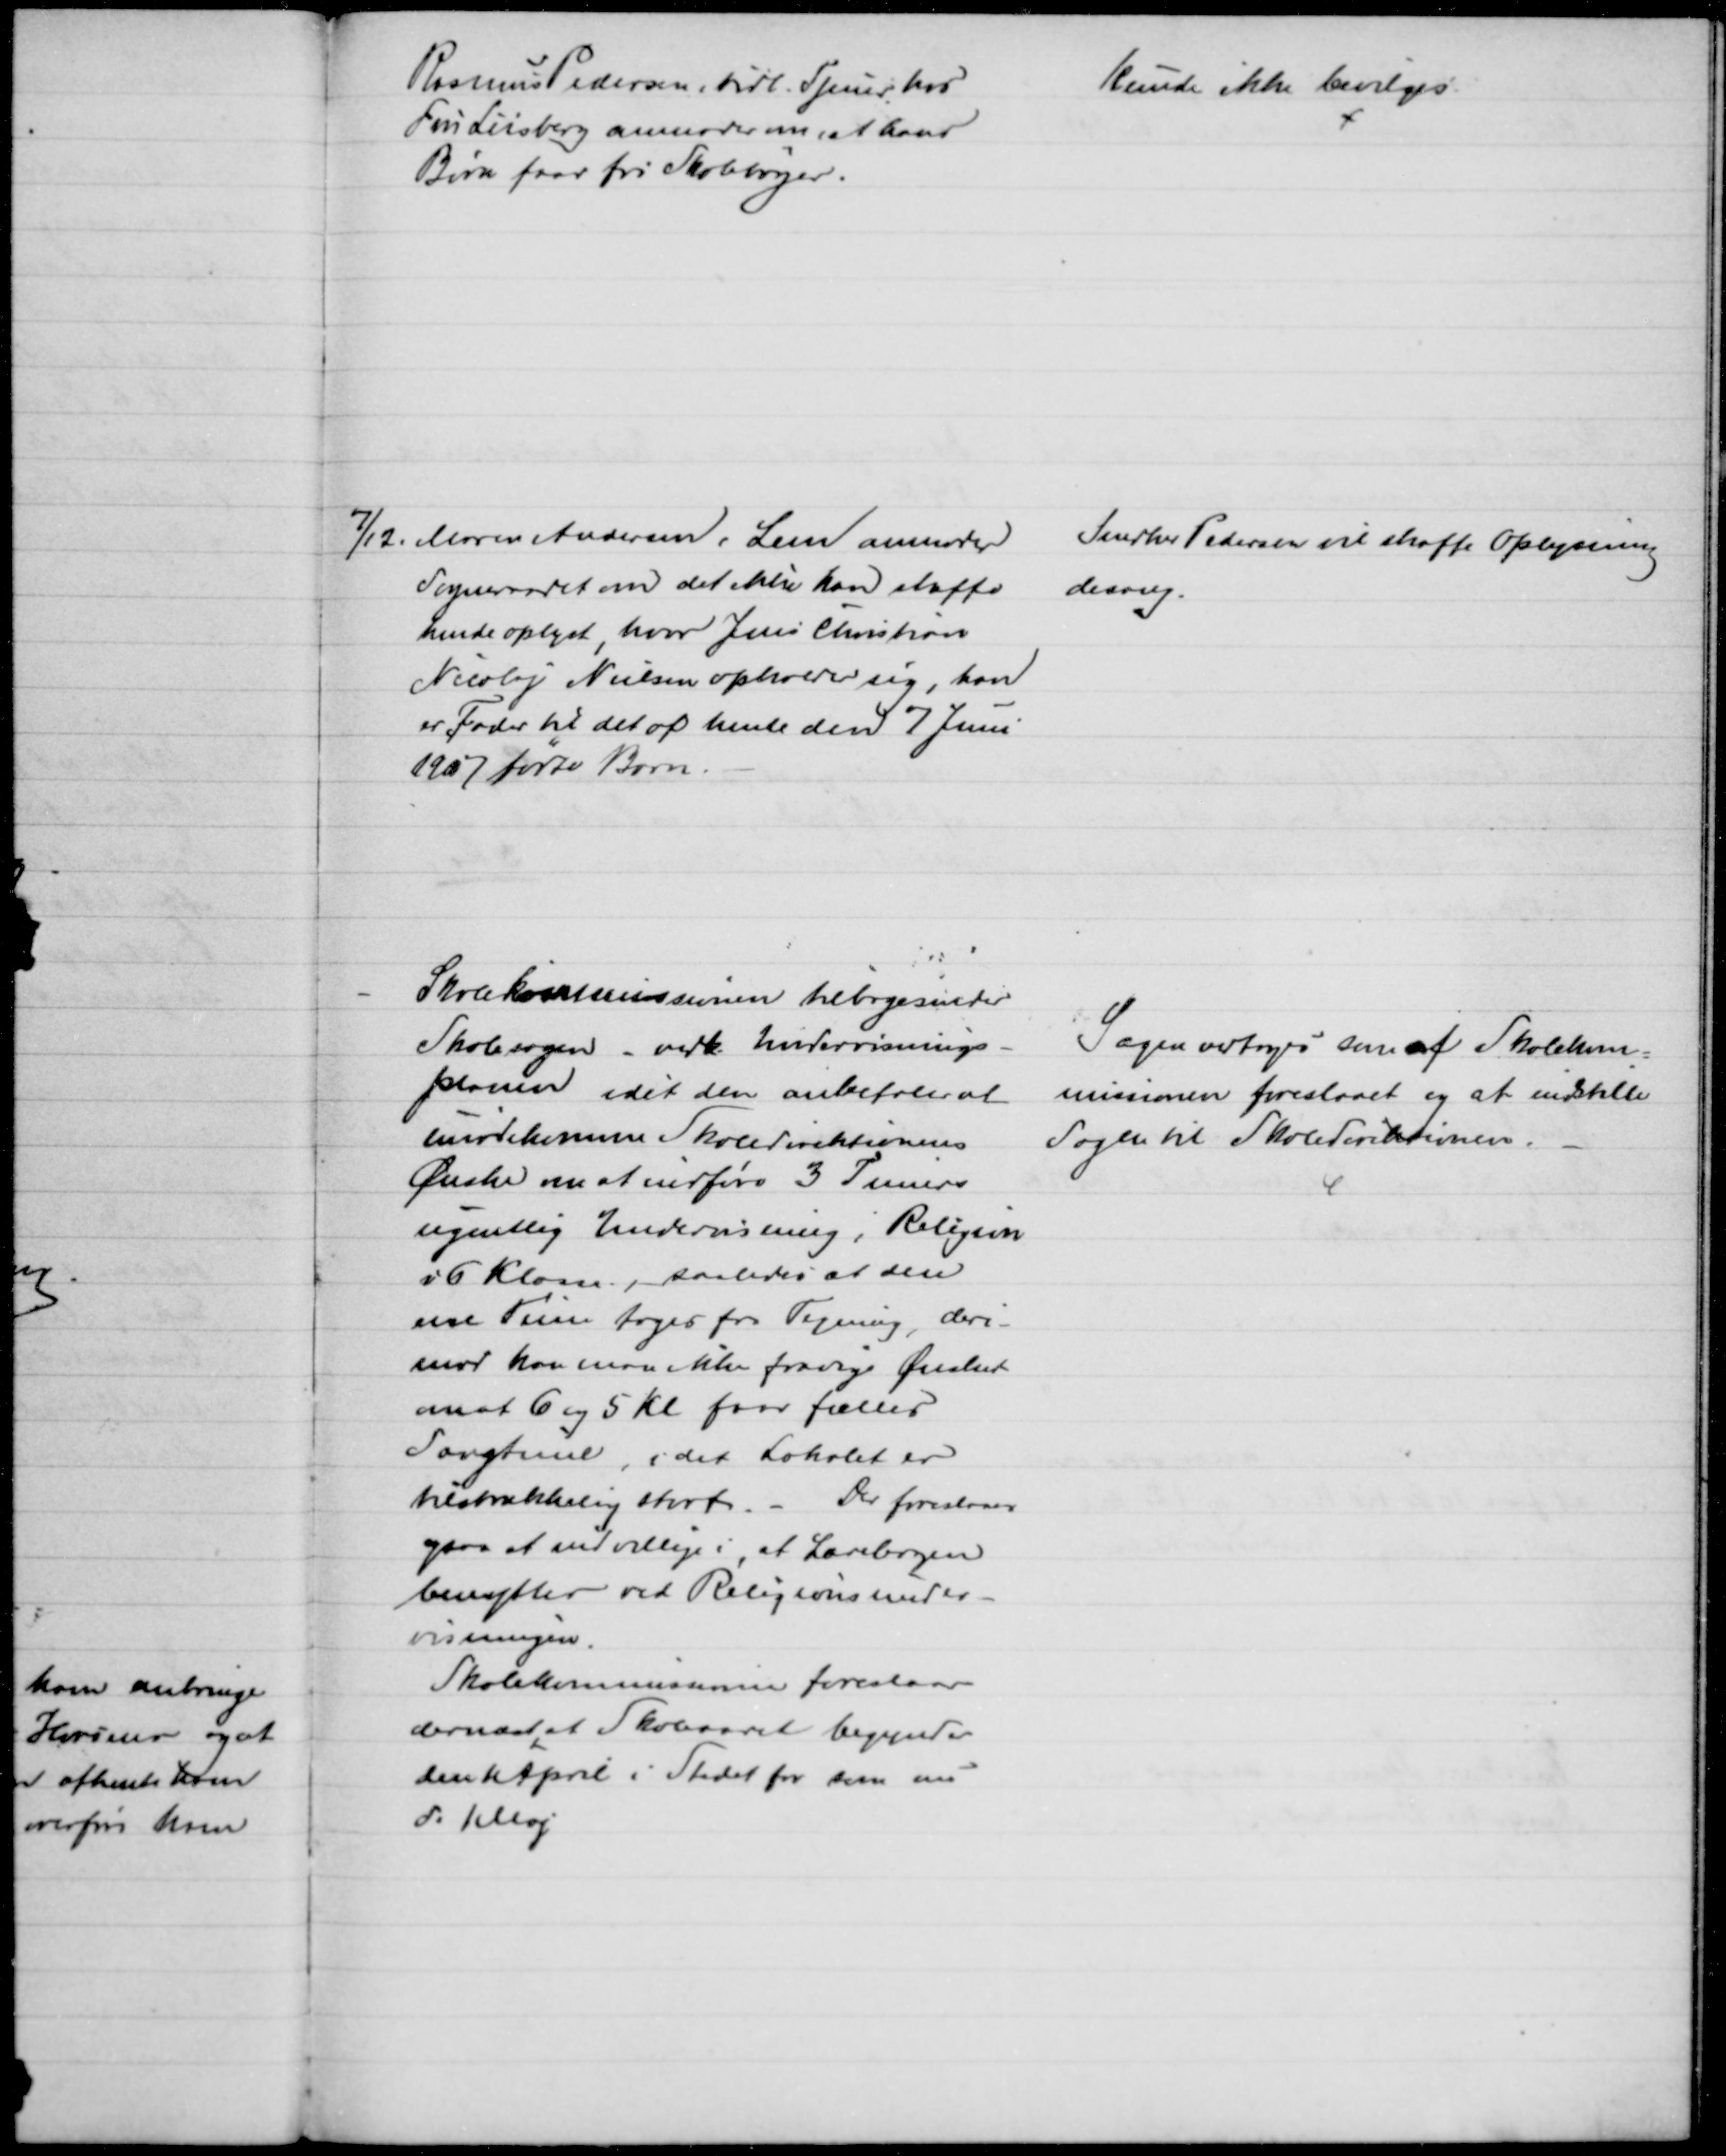
Transskription:
Rasmus Pedersen, tidl. Tjener hos
Fru Liisberg anmoder om, at hans
Børn faar fri Skolebøger.
Kunde ikke bevilges.
7/12. Maren Andersen, Lem anmoder
Sogneraadet om det ikke kan skaffe
hende oplyst, hvor Jens Christian
Nicolaj Nielsen opholder sig, han
er Fader til det af hende den 7 Juni
1907 fødte Barn.
Snedker Pedersen vil skaffe Oplysning
desang.
Skolekommissionen tilbagesender
Skolesagen - vedk. Undervisnings-
planen idet den anbefaler at
imødekomme Skoledirektionens 
Ønske om at indføre 3 Timers
ugentlig Undervisning i Religion
i 6 Klasse, saaledes at den
ene Time tages fra Tegning, deri-
mod kan man ikke fravige Ønsket
om at 6 og 5 Kl. faar fælles
Sangtime, idet Lokalet er
tilstrækkelig stort. - Der foreslaaes
ogsaa at indvillige i, at Lærebogen
benyttes ved Religionsunder-
visningen.
Skolekommissionen foreslaar
dernæst, at Skoleaaret begynder
den 1 April i Stedet for som nu
d. 1 Maj
Sagen vedtoges som af Skolekom-
missionen foreslaaet og at indstille
Sagen til Skoledirektionen.